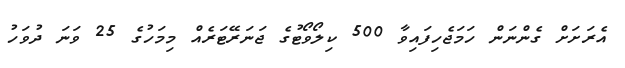
އެރަށަށް ގެންނަން ހަމަޖެހިފައިވާ 500 ކިލޯވޯޓުގެ ޖަނަރޭޓަރެއް މިމަހުގެ 25 ވަނަ ދުވަހު